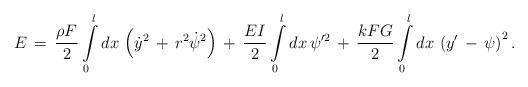
LaTeX: \begin{align*}E\,=\,\frac{\rho F}{2}\int\limits_{0}^{l}dx\,\left(\dot{y}^2\,+\,r^2\dot{\psi}^2\right)\,+\,\frac{EI}{2}\int\limits_{0}^{l}dx\,\psi'^2\,+\,\frac{kFG}{2}\int\limits_{0}^{l}dx\,\left(y'\,-\,\psi\right)^2.\end{align*}